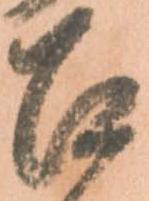
召